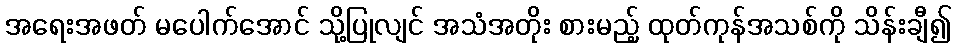
အရေးအဖတ် မပေါက်အောင် သို့ပြုလျင် အသံအတိုး စားမည့် ထုတ်ကုန်အသစ်ကို သိန်းချီ၍